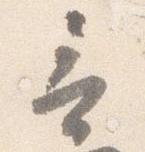
言